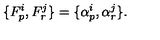
\{ F _ { p } ^ { i } , F _ { r } ^ { j } \} = \{ \alpha _ { p } ^ { i } , \alpha _ { r } ^ { j } \} .